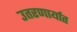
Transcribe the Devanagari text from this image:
उतरणार्यात